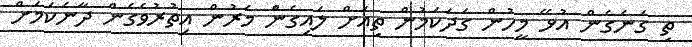
ތި ގަނެގެން އުޅޭ މީހުން ގަދަކަމުން ތިއަށް ލައިގެންެ މެރުން އިތުރުވެގެން ދާނެކަމަށް